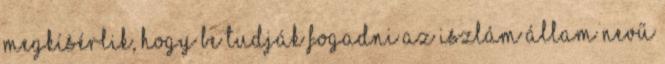
megkísérlik, hogy be tudják fogadni az Iszlám Állam nevű